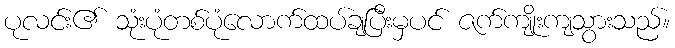
ပုလင်း၏ သုံးပုံတစ်ပုံလောက်ထပ်ချပြီးမှပင် ဇက်ကျိုးကျသွားသည်။